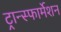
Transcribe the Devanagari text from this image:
ट्रान्स्फार्मेशन